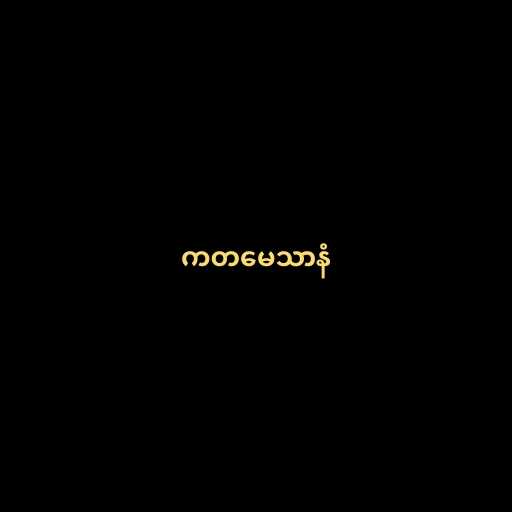
ကတမေသာနံ